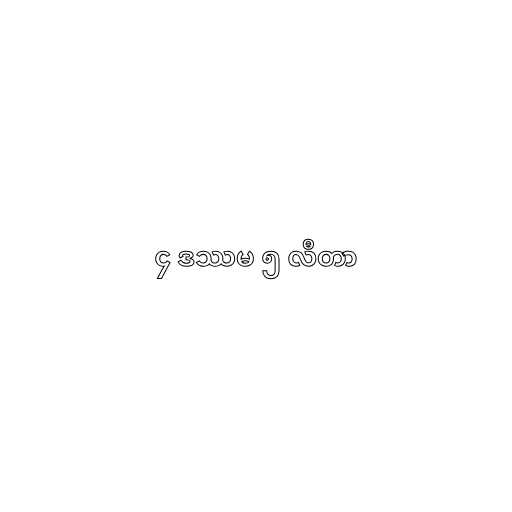
၄ ဒဿမ ၅ လီတာ